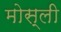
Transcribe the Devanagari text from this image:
मोस्ली